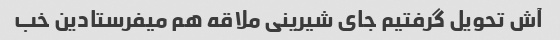
آش تحویل گرفتیم جای شیرینی ملاقه هم میفرستادین خب